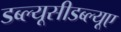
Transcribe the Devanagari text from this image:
डब्ल्यूसीडब्ल्यूए